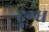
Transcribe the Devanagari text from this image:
दुग्‍ध